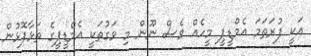
އަކީ ފުރަތަމަ އެމްޑީޕީ މީހެއް ވެސް ނޫން މި ވަގުތަކީ އެމްޑީޕީގެ ތަޅާފޮޅުން